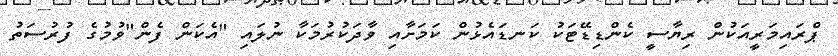
ޕްރައިމަރީއަކުން ރިޔާސީ ކެންޑިޑޭޓަކު ކަނޑައެޅުން ކަމަށާއި ވާދަކުރުމަކާ ނުލައި "އެކަން ފެން"ވުމުގެ ފުރުސަތު